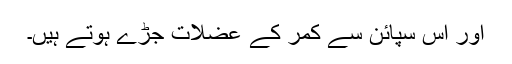
اور اس سپائن سے کمر کے عضلات جڑے ہوتے ہیں۔